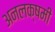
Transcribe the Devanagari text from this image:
अनलक्षमी